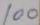
100